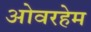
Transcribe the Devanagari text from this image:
ओवरहेम